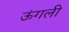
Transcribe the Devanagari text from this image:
ऊंगली